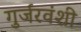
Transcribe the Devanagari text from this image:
गुर्जरवंशी